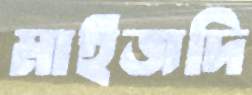
মাইজদি